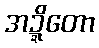
အဍ္ဍိတော